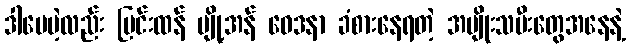
ဒါပေမဲ့လည်း ပြင်းထန် ပျို့အန် ဝေဒနာ ခံစားနေရတဲ့ အမျိုးသမီးတွေအနေနဲ့